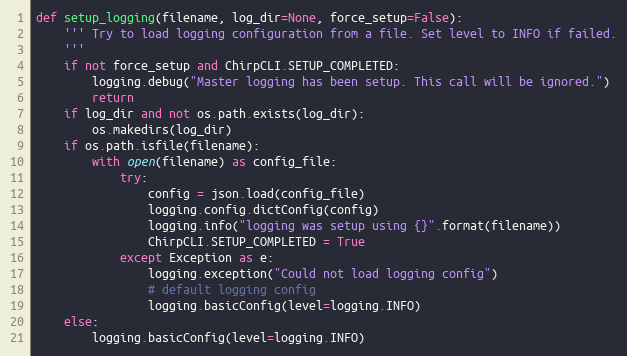
Language: Python
def setup_logging(filename, log_dir=None, force_setup=False):
    ''' Try to load logging configuration from a file. Set level to INFO if failed.
    '''
    if not force_setup and ChirpCLI.SETUP_COMPLETED:
        logging.debug("Master logging has been setup. This call will be ignored.")
        return
    if log_dir and not os.path.exists(log_dir):
        os.makedirs(log_dir)
    if os.path.isfile(filename):
        with open(filename) as config_file:
            try:
                config = json.load(config_file)
                logging.config.dictConfig(config)
                logging.info("logging was setup using {}".format(filename))
                ChirpCLI.SETUP_COMPLETED = True
            except Exception as e:
                logging.exception("Could not load logging config")
                # default logging config
                logging.basicConfig(level=logging.INFO)
    else:
        logging.basicConfig(level=logging.INFO)